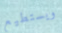
ويستطيع